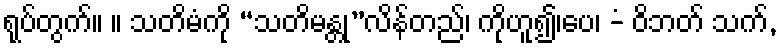
ရုပ်တွက်။ ။ သတိမံကို “သတိမန္တု”လိန်တည်၊ ကိုဟူ၍၊ပေ၊ -ံ ဝိဘတ် သက်,